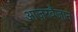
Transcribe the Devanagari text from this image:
आज़रबैजान